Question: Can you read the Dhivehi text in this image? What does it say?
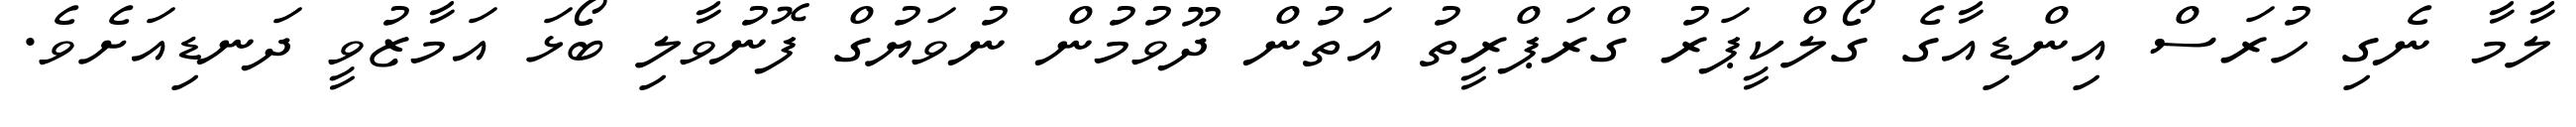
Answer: ލާމާ ނެގި ހުރަސް އިންޑިއާގެ ގޯލްކީޕަރު ގްރަޕްރީތު އަތުން ދޫވުމުން ނުވަޔުގް ފޮނުވާލި ބޯޅަ އަމާޒުވީ ދަނޑިއަށެވެ.